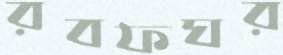
রবফঘর